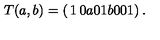
T ( a , b ) = \left( \begin{matrix} { 1 } & { 0 } & { a } \\ { 0 } & { 1 } & { b } \\ { 0 } & { 0 } & { 1 } \\ \end{matrix} \right) .